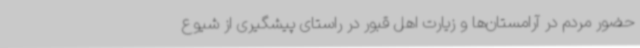
حضور مردم در آرامستان‌ها و زیارت اهل قبور در راستای پیشگیری از شیوع